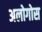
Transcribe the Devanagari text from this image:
अलोगोस